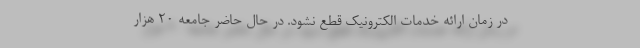
در زمان ارائه خدمات الکترونیک قطع نشود. در حال حاضر جامعه ۲۰ هزار